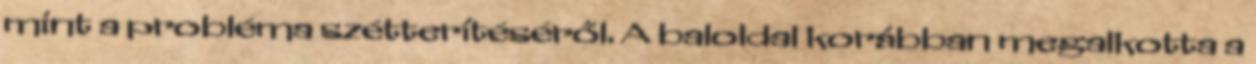
mint a probléma szétterítéséről. A baloldal korábban megalkotta a